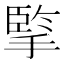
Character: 𢱯